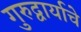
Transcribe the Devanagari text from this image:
गुरुद्वार्याचे